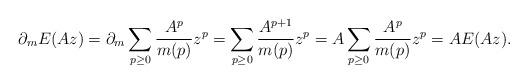
LaTeX: \begin{align*}\partial_mE(Az)=\partial_m\sum_{p\geq 0}\frac{A^p}{m(p)}z^p=\sum_{p\geq 0}\frac{A^{p+1}}{m(p)}z^p=A\sum_{p\geq 0}\frac{A^p}{m(p)}z^p=AE(Az). \end{align*}